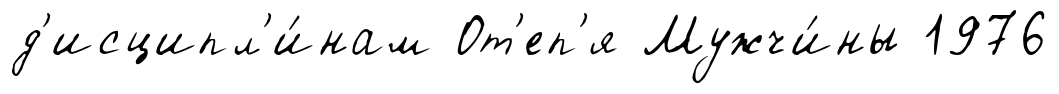
д'исципл'и́нам От'еп'я Мужчи́ны 1976